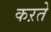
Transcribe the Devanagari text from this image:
कऱते